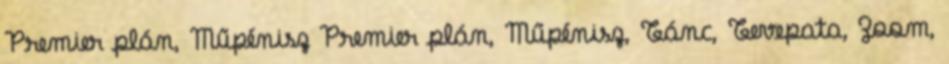
Premier plán, Műpénisz Premier plán, Műpénisz, Tánc, Tevepata, Zoom,